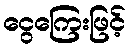
ငွေကြေးဖြင့်